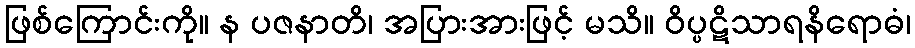
ဖြစ်ကြောင်းကို။ န ပဇနာတိ၊ အပြားအားဖြင့် မသိ။ ဝိပ္ပဋိသာရနိရောဓံ၊